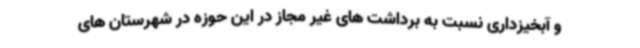
و آبخیزداری نسبت به برداشت های غیر مجاز در این حوزه در شهرستان های